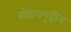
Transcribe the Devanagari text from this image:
सोहराबुद्दीन